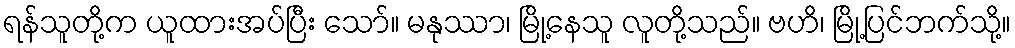
ရန်သူတို့က ယူထားအပ်ပြီး သော်။ မနုဿာ၊ မြို့နေသူ လူတို့သည်။ ဗဟိ၊ မြို့ပြင်ဘက်သို့။